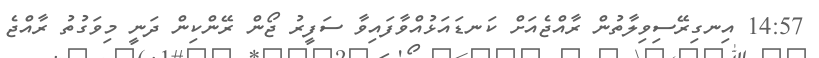
14:57 އިނގިރޭސިވިލާތުން ރާއްޖެއަށް ކަނޑައަޅުއްވާފައިވާ ސަފީރު ޖޯން ރޭންކިން ދަނީ މިވަގުތު ރާއްޖެ